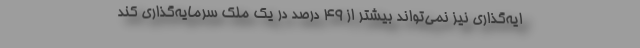
ایه‌گذاری نیز نمی‌تواند بیشتر از ۴۹ درصد در یک ملک سرمایه‌گذاری کند